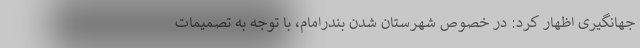
جهانگیری اظهار کرد: در خصوص شهرستان شدن بندرامام، با توجه به تصمیمات